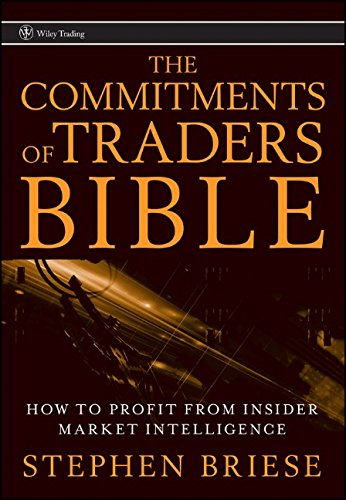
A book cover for The Commitments of Traders Bible: How To Profit from Insider Market Intelligence; Stephen Briese; Business & Money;